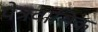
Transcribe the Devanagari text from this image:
पेत्रवासिक